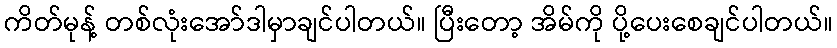
ကိတ်မုန့် တစ်လုံးအော်ဒါမှာချင်ပါတယ်။ ပြီးတော့ အိမ်ကို ပို့ပေးစေချင်ပါတယ်။